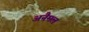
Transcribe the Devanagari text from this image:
अनैमल